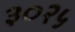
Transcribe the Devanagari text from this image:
३०२५